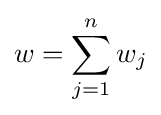
w=\sum _{j=1}^{n}w_{j}